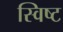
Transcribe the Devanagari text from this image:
स्विष्ट